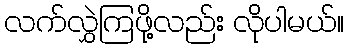
လက်လွှဲကြဖို့လည်း လိုပါမယ်။